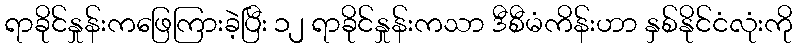
ရာခိုင်နှုန်းကဖြေကြားခဲ့ပြီး ၁၂ ရာခိုင်နှုန်းကသာ ဒီစီမံကိန်းဟာ နှစ်နိုင်ငံလုံးကို